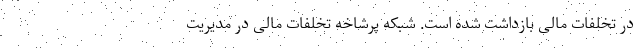
در تخلفات مالی بازداشت شده است. شبکه پرشاخه تخلفات مالی در مدیریت